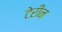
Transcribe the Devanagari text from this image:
टेरीन